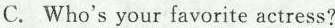
C. Who'syour favorite actress?